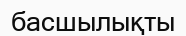
басшылықты